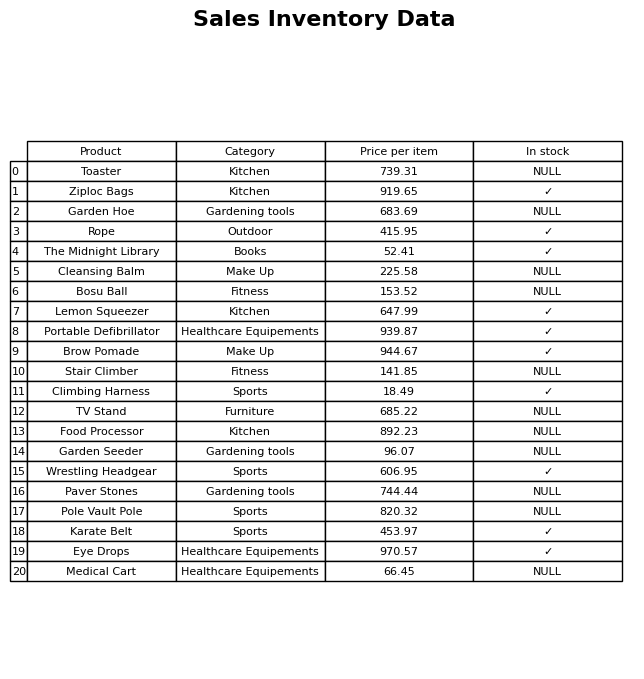
question: What is the price for Medical Cart?
answer: The price of Medical Cart is 66.45.